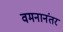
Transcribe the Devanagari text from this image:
वमनानंतर